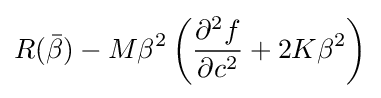
R({\bar {\beta }})-M\beta ^{2}\left({\frac {\partial ^{2}f}{\partial c^{2}}}+2K\beta ^{2}\right)